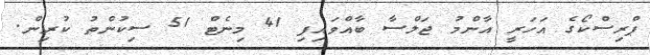
ޕްރިސްކޯގެ އަހަރީ އާންމު ޖަލްސާ ބާއްވައިފި 41 މިނެޓް 51 ސިކުންތު ކުރިން.